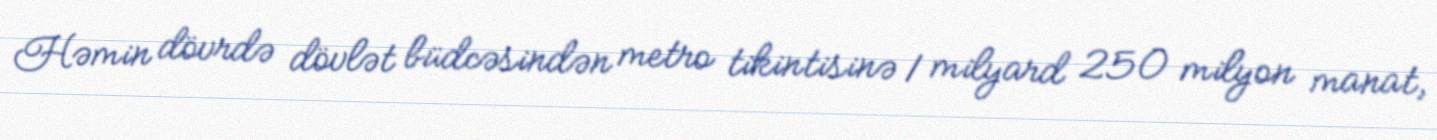
Həmin dövrdə dövlət büdcəsindən metro tikintisinə 1 milyard 250 milyon manat,